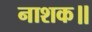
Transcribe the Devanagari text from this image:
नाशक॥